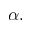
\alpha .